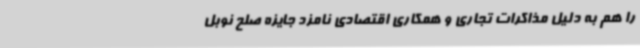
را هم به دلیل مذاکرات تجاری و همکاری اقتصادی نامزد جایزه صلح نوبل